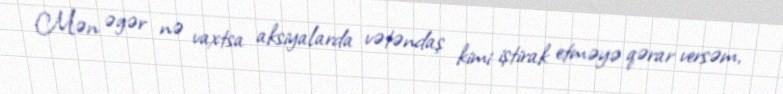
Mən əgər nə vaxtsa aksiyalarda vətəndaş kimi iştirak etməyə qərar versəm,